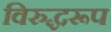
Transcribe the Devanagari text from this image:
विरुद्धरूप